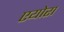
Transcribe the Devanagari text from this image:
एयोरा